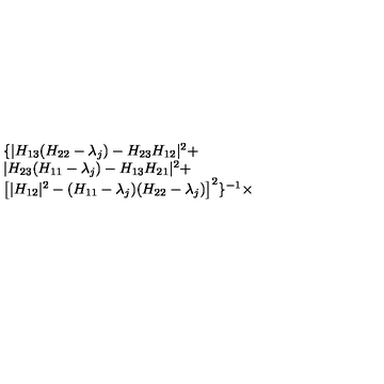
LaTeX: \begin{array} { l } { \{ | H _ { 1 3 } ( H _ { 2 2 } - \lambda _ { j } ) - H _ { 2 3 } H _ { 1 2 } | ^ { 2 } + } \\ { | H _ { 2 3 } ( H _ { 1 1 } - \lambda _ { j } ) - H _ { 1 3 } H _ { 2 1 } | ^ { 2 } + } \\ { \left[ | H _ { 1 2 } | ^ { 2 } - ( H _ { 1 1 } - \lambda _ { j } ) ( H _ { 2 2 } - \lambda _ { j } ) \right] ^ { 2 } \} ^ { - 1 } \times } \\ \end{array}